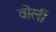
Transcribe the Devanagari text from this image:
वोर्ली